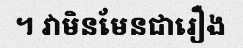
។ វាមិនមែនជារឿង